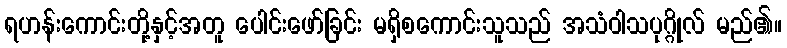
ရဟန်းကောင်းတို့နှင့်အတူ ပေါင်းဖော်ခြင်း မရှိစကောင်းသူသည် အသံဝါသပုဂ္ဂိုလ် မည်၏။